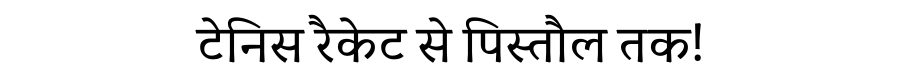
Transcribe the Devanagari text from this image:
टेनिस रैकेट से पिस्तौल तक!